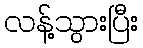
လန့်သွားပြီး